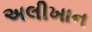
અલીખાન